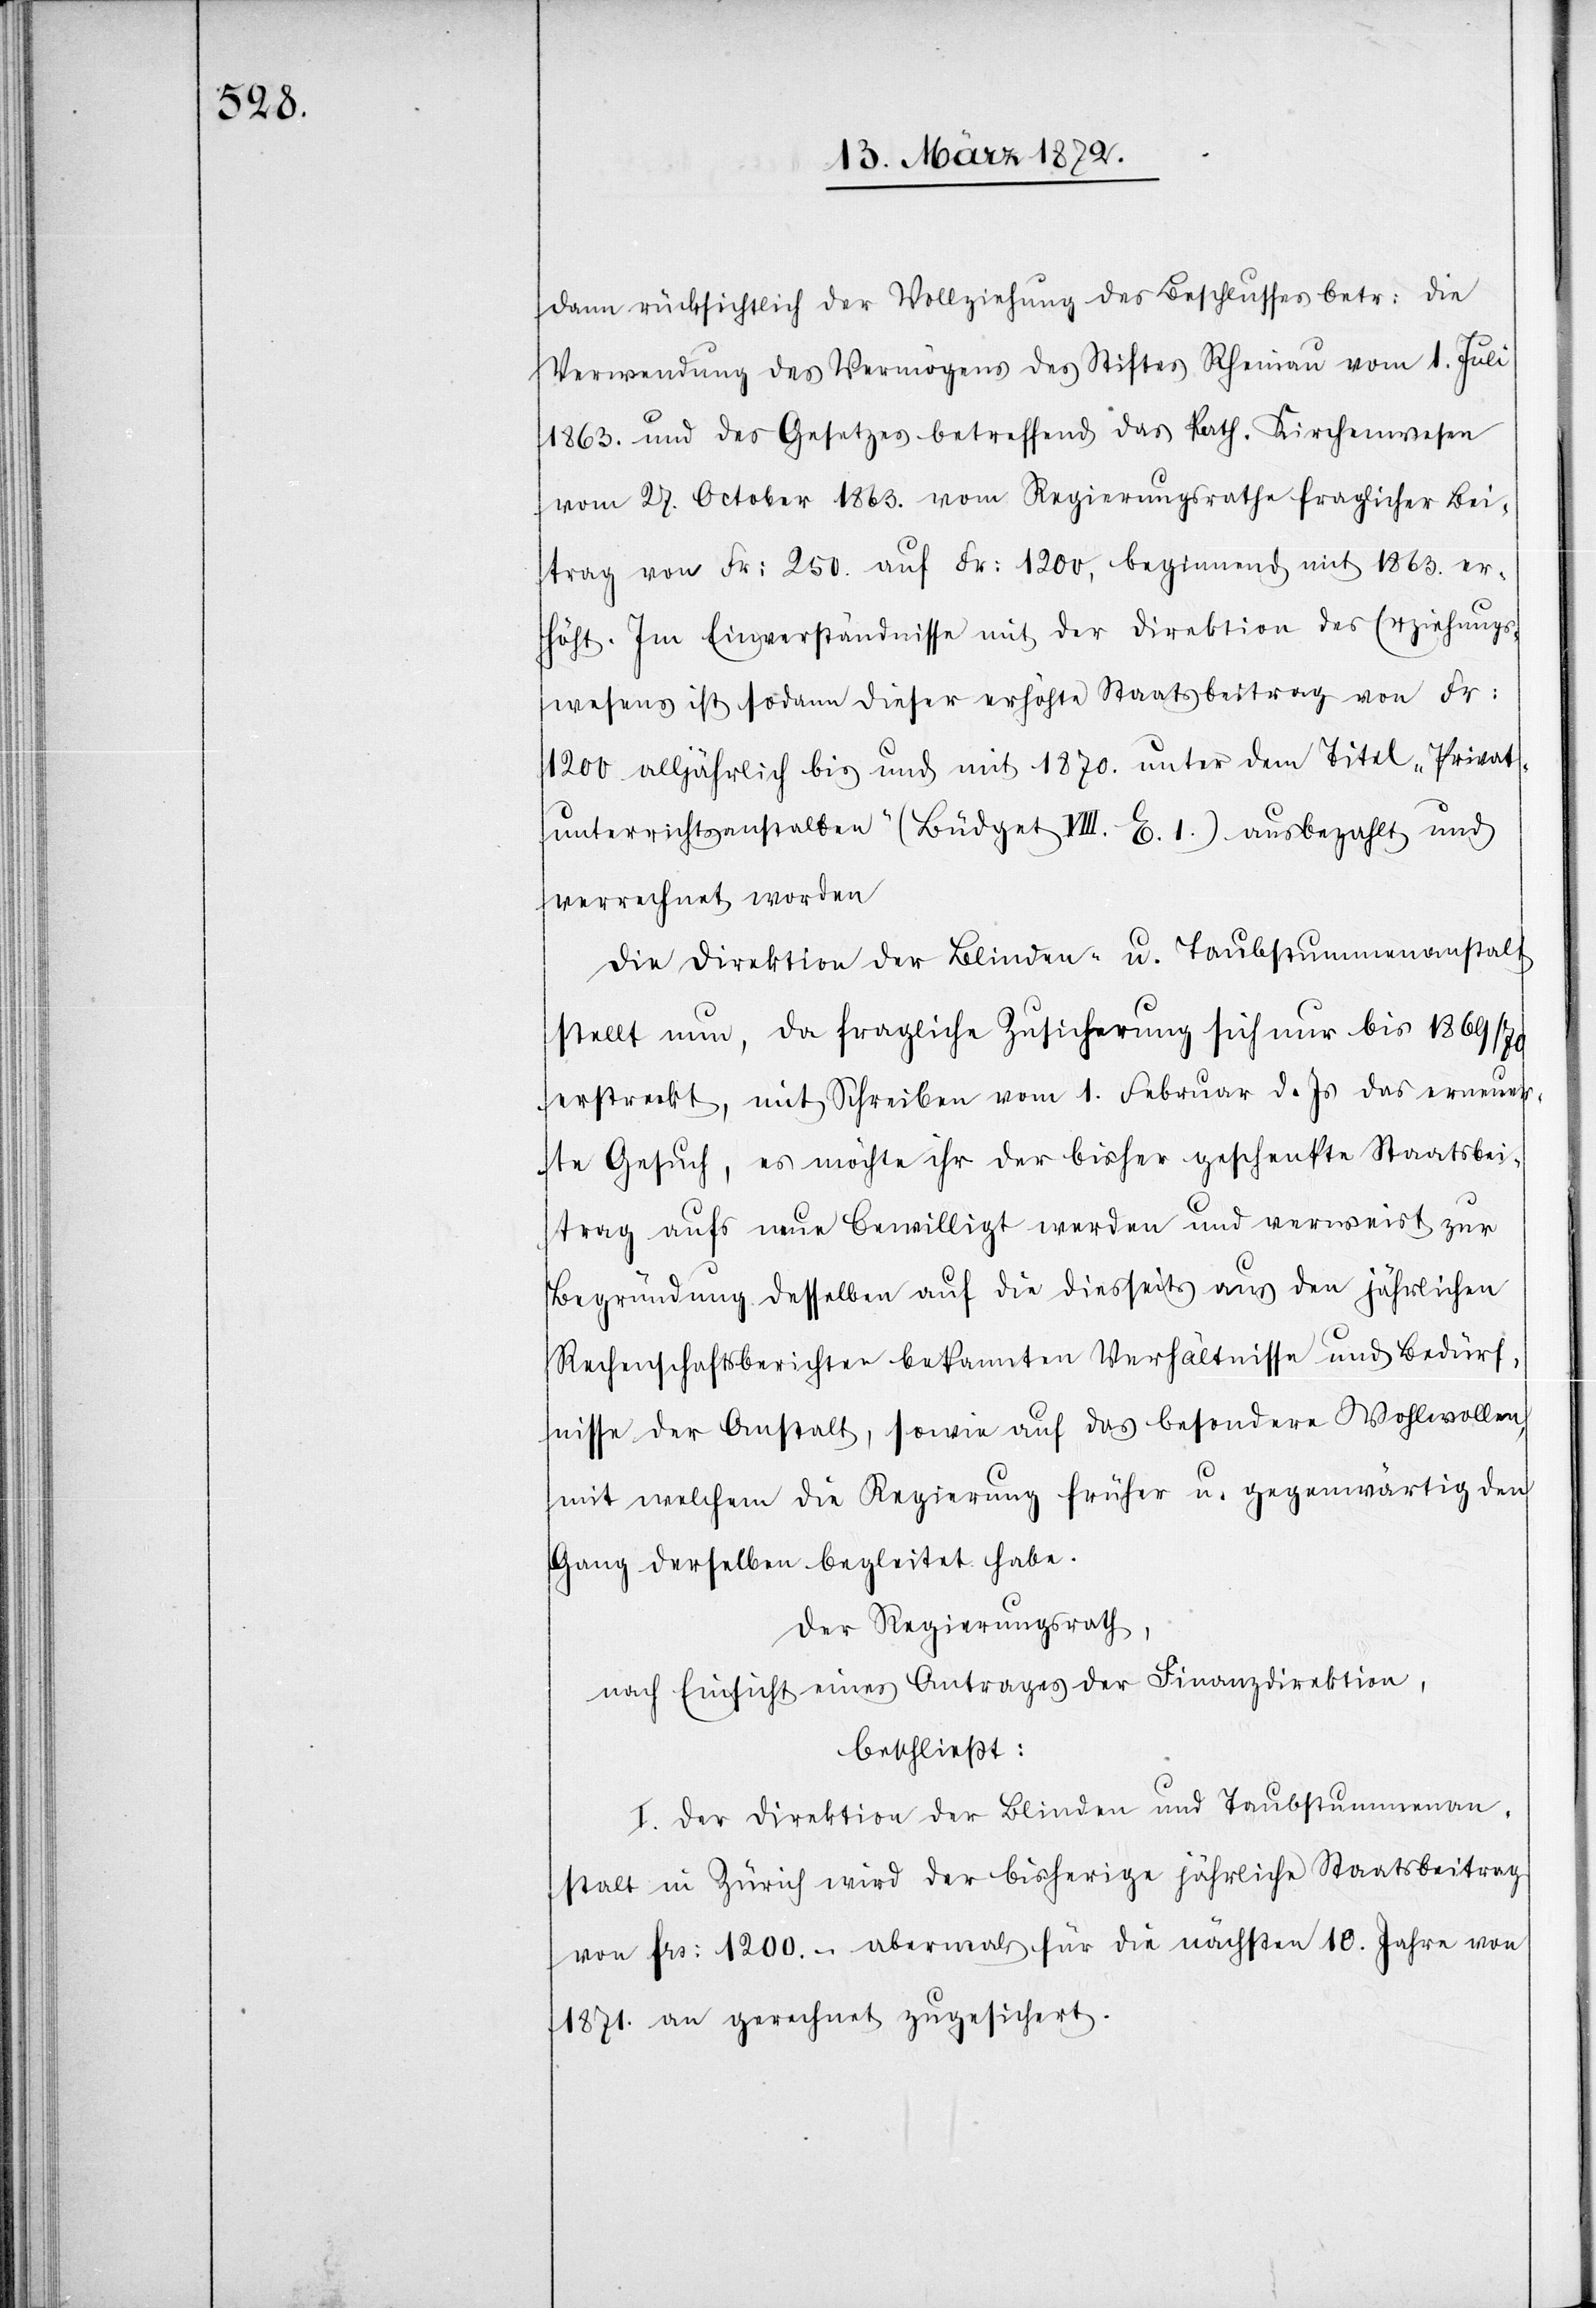
dann rücksichtlich der Vollziehung des Beschlusses betr: die
Verwendung des Vermögens des Stiftes Rheinau vom 1. Juli
1863. und des Gesetzes betreffend das kath. Kirchenwesen
vom 27. October 1863. vom Regierungsrathe fraglicher Bei¬
trag von Fr: 250. auf Fr: 1200, beginnend mit 1863. er¬
höht. Im Einverständnisse mit der Direktion des Erziehungs¬
wesens ist sodann dieser erhöhte Staatsbeitrag von Fr.
1200 alljährlich bis und mit 1870. unter dem Titel „Privat¬
unterrichtsanstalten“ (Büdget VIII. E. 1.) ausgebezahlt und
verrechnet worden[.]
Die Direktion der Blinden- u. Taubstummenanstalt
stellt nun, da fragliche Zusicherung sich nur bis 1869/70
erstreckt, mit Schreiben vom 1. Februar d. Js. das erneuer¬
te Gesuche, es möchte ihr der bisher geschenkte Staatsbei¬
trag aufs neue bewilligt werden und verweist zur
Begründung desselben auf die diesseits aus den jährlichen
Rechenschaftsberichten bekannten Verhältnisse und Bedürf¬
nisse der Anstalt, sowie auf das besondere Wohlwollen,
mit welchem die Regierung früher u. gegenwärtig den
Gang derselben begleitet habe.
Der Regierungsrath,
nach Einsicht eines Antrages der Finanzdirektion,
beschließt:
I. Der Direktion der Blinden[-] und Taubstummenan¬
stalt in Zürich wird der bisherige jährliche Staatsbeitrag
von frs: 1200.- abermals für die nächsten 10. Jahre von
1871. an gerechnet zugesichert.